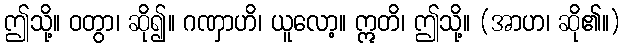
ဤသို့။ ဝတွာ၊ ဆို၍။ ဂဏှာဟိ၊ ယူလော့။ ဣတိ၊ ဤသို့။ (အာဟ၊ ဆို၏။)